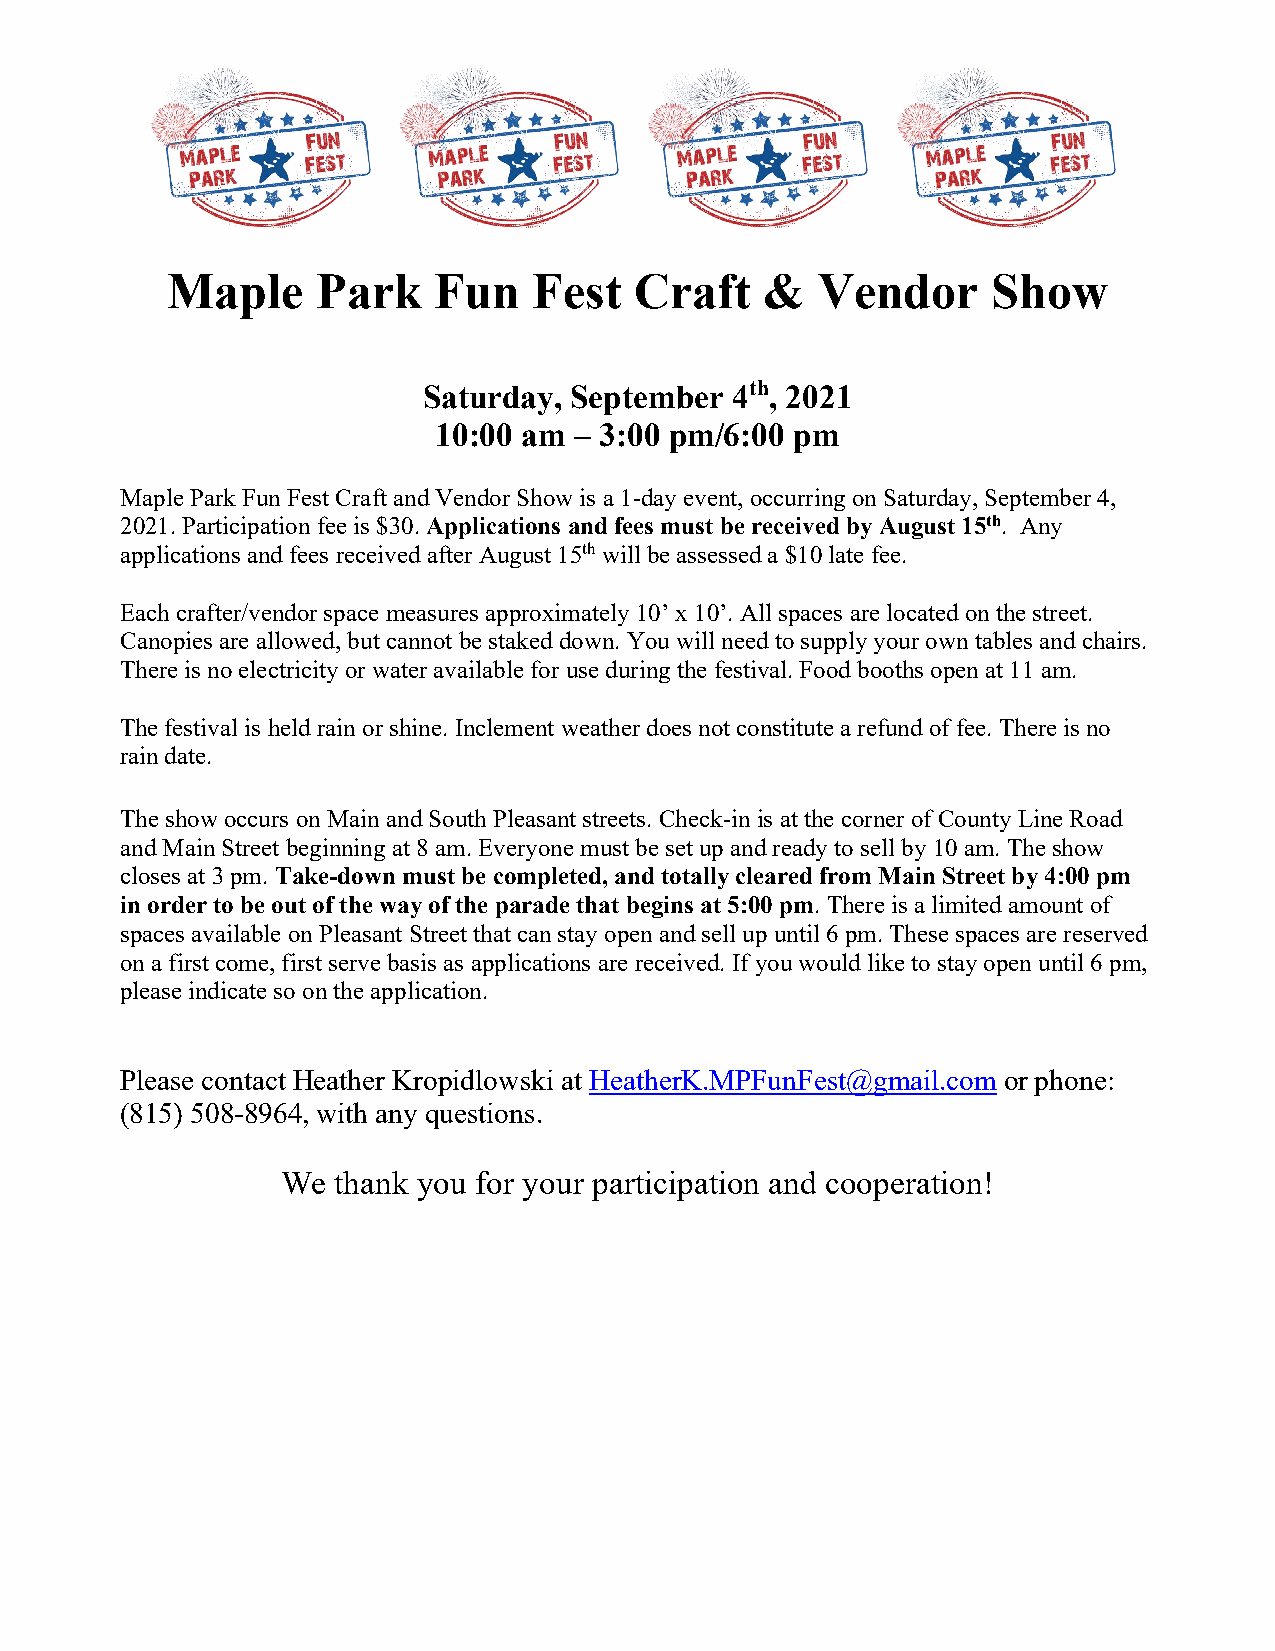
Maple     Park    Fun   Fest   Craft    &  Vendor      Show
 Saturday, September 4th, 2021
 10:00 am – 3:00 pm/6:00 pm
 Maple Park Fun Fest Craft and Vendor Show is a 1-day event, occurring on Saturday, September 4,
 2021. Participation fee is $30. Applications and fees must be received by August 15th. Any
 applications and fees received after August 15th will be assessed a $10 late fee.
 Each crafter/vendor space measures approximately 10’ x 10’. All spaces are located on the street.
 Canopies are allowed, but cannot be staked down. You will need to supply your own tables and chairs.
 There is no electricity or water available for use during the festival. Food booths open at 11 am.
 The festival is held rain or shine. Inclement weather does not constitute a refund of fee. There is no
 rain date.
 The show occurs on Main and South Pleasant streets. Check-in is at the corner of County Line Road
 and Main Street beginning at 8 am. Everyone must be set up and ready to sell by 10 am. The show
 closes at 3 pm. Take-down must be completed, and totally cleared from Main Street by 4:00 pm
 in order to be out of the way of the parade that begins at 5:00 pm. There is a limited amount of
 spaces available on Pleasant Street that can stay open and sell up until 6 pm. These spaces are reserved
 on a first come, first serve basis as applications are received. If you would like to stay open until 6 pm,
 please indicate so on the application.
 Please contact Heather Kropidlowski at HeatherK.MPFunFest@gmail.com or phone:
 (815) 508-8964, with any questions.
 We thank you for your participation and cooperation!